Report of the Indian Hemp Drugs Commission, 1894-1895 - Volume VI
Year: 1894
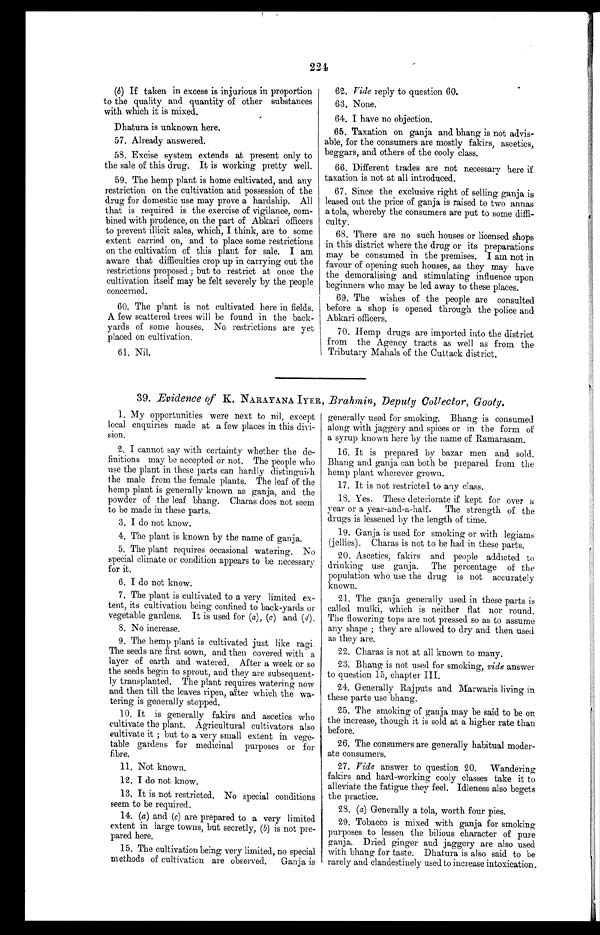
221
(b) If taken in excess is injurious in proportion
to the quality and quantity of other substances
with which it is mixed.
Dhatura is unknown here.
57. Already answered.
58. Excise system extends at present only to
the sale of this drug. It is working pretty well.
59. The hemp plant is home cultivated, and any
restriction on the cultivation and possession of the
drug for domestic use may prove a hardship. All
that is required is the exercise of vigilance, com-
bined with prudence, on the part of Abkari officers
to prevent illicit sales, which, I think, are to some
extent carried on, and to place some restrictions
on the cultivation of this plant for sale. I am
aware that difficulties crop up in carrying out the
restrictions proposed ; but to restrict at once the
cultivation itself may be felt severely by the people
concerned.
60. The plant is not cultivated here in fields.
A few scattered trees will be found in the back-
yards of some houses. No restrictions are yet
placed on cultivation.
61. Nil..
62. Vide reply to question 60.
63. None.
64. I have no objection.
65. Taxation on ganja and bhang is not advis-
able, for the consumers are mostly fakirs, ascetics,
beggars, and others of the cooly class.
66. Different trades are not necessary here if
taxation is not at all introduced.
67. Since the exclusive right of selling ganja is
leased out the price of ganja is raised to two annas
a tola, whereby the consumers are put to some diffi-
culty.
68. There are no such houses or licensed shops
in this district where the drug or its preparations
may be consumed in the premises. I am not in
favour of opening such houses, as they may have
the demoralising and stimulating influence upon
beginners who may be led away to these places.
69. The wishes of the people are consulted
before a shop is opened through the police and
Abkari officers.
70. Hemp drugs are imported into the district
from the Agency tracts as well as from the
Tributary Mahals of the Cuttack district.
39. Evidence of K. NARAYANA IYER, Brahmin, Deputy Collector, Gooty.
1. My opportunities were next to ml, except
local enquiries made at a few places in this divi-
sion.
2. I cannot say with certainty whether the de-
finitions may be accepted or not. The people who
use the plant in these parts can hardly distinguish
the male from the female plants. The leaf of the
hemp plant is generally known as ganja, and the
powder of the leaf bhang. Charas does not seem
to be made in these parts.
3. I do not know.
4. The plant is known by the name of ganja.
5. The plant requires occasional watering. No
special climate or condition appears to be necessary
for it.
6. I do not know.
7. The plant is cultivated to a very limited ex-
tent, its cultivation being confined to back-yards or
vegetable gardens. It is used for (a), (c) and (d).
8 . N o i n c r e a s e .
9. The hemp plant is cultivated just like ragi.
The seeds are first sown, and then covered with a
layer of earth and watered. After a week or so
the seeds begin to sprout, and they are subsequent-
ly transplanted. The plant requires watering now
and then till the leaves ripen, after which the wa-
tering is generally stopped.
10. It is generally fakirs and ascetics who
cultivate the plant. Agricultural cultivators also
cultivate it ; but to a very small extent in vege-
table gardens for medicinal purposes or for
fibre.
1 1 . N o t k n o w n .
1 2 . I d o n o t k n o w .
13. It is not restricted. No special conditions
seem to be required.
14. (a) and (c) are prepared to a very limited
extent in large towns, but secretly, (b) is not pre-
pared here.
15. The cultivation being very limited, no special
methods of cultivation are observed.
Ganja is
generally used for smoking. Bhang is consumed
along with jaggery and spices or in the form of
a syrup known here by the name of Ramarasam.
16. It is prepared by bazar men and sold.
Bhang and ganja can both be prepared from the
hemp plant wherever grown.
17. It is not restricted to any class.
18. Yes. These deteriorate if kept for over a
year or a year-and-a-half. The strength of the
drugs is lessened by the length of time.
19. Ganja is used for smoking or with legiams
(jellies). Charas is not to be had in these parts.
20. Ascetics, fakirs and people addicted to
drinking use ganja. The percentage of the
population who use the drug is not accurately
known.
21. The ganja generally used in these parts is
called mulki, which is neither flat nor round.
The flowering tops are not pressed so as to assume
any shape ; they are allowed to dry and then used
as they are.
22. Charas is not at all known to many.
23. Bhang is not used for smoking, vide answer
to question 15, chapter III.
24. Generally Raj puts and Marwaris living in
these parts use bhang.
25. The smoking of ganja may be said to be on
the increase, though it is sold at a higher rate than
before.
26. The consumers are generally habitual moder-
ate consumers.
27. Vide answer to question 20. Wandering
fakirs and hard-working cooly classes take it to
alleviate the fatigue they feel. Idleness also begets
the practice.
28. (a) Generally a tola, worth four pies.
29. Tobacco is mixed with ganja for smoking
purposes to lessen the bilious character of pure
ganja. Dried ginger and jaggery are also used
with bhang for taste. Dhatura is also said to be
rarely and clandestinely used to increase intoxication.